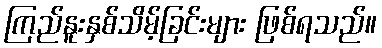
ကြည်နူးနှစ်သိမ့်ခြင်းများ ဖြစ်ရသည်။